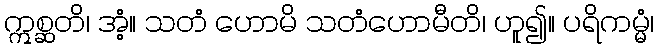
ဣစ္ဆတိ၊ အံ့။ သတံ ဟောမိ သတံဟောမီတိ၊ ဟူ၍။ ပရိကမ္မံ၊